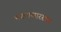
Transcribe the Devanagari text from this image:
मगधासारख्या